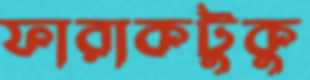
ফারাকটুকু